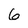
Character: 6